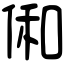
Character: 俰